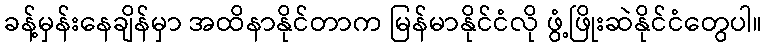
ခန့်မှန်းနေချိန်မှာ အထိနာနိုင်တာက မြန်မာနိုင်ငံလို ဖွံ့ဖြိုးဆဲနိုင်ငံတွေပါ။